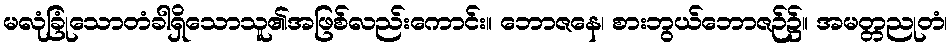
မလုံခြုံသောတံခါရှိသောသူ၏အဖြစ်လည်းကောင်း။ ဘောဇနေ၊ စားဘွယ်ဘောဇဉ်၌။ အမတ္တညုတံ၊